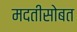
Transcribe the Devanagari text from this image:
मदतीसोबत